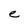
Character: e